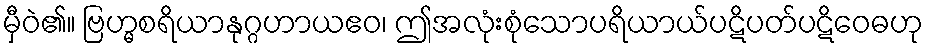
မှီဝဲ၏။ ဗြဟ္မစရိယာနုဂ္ဂဟာယဧဝ၊ ဤအလုံးစုံသောပရိယာယ်ပဋိပတ်ပဋိဝေဓဟု